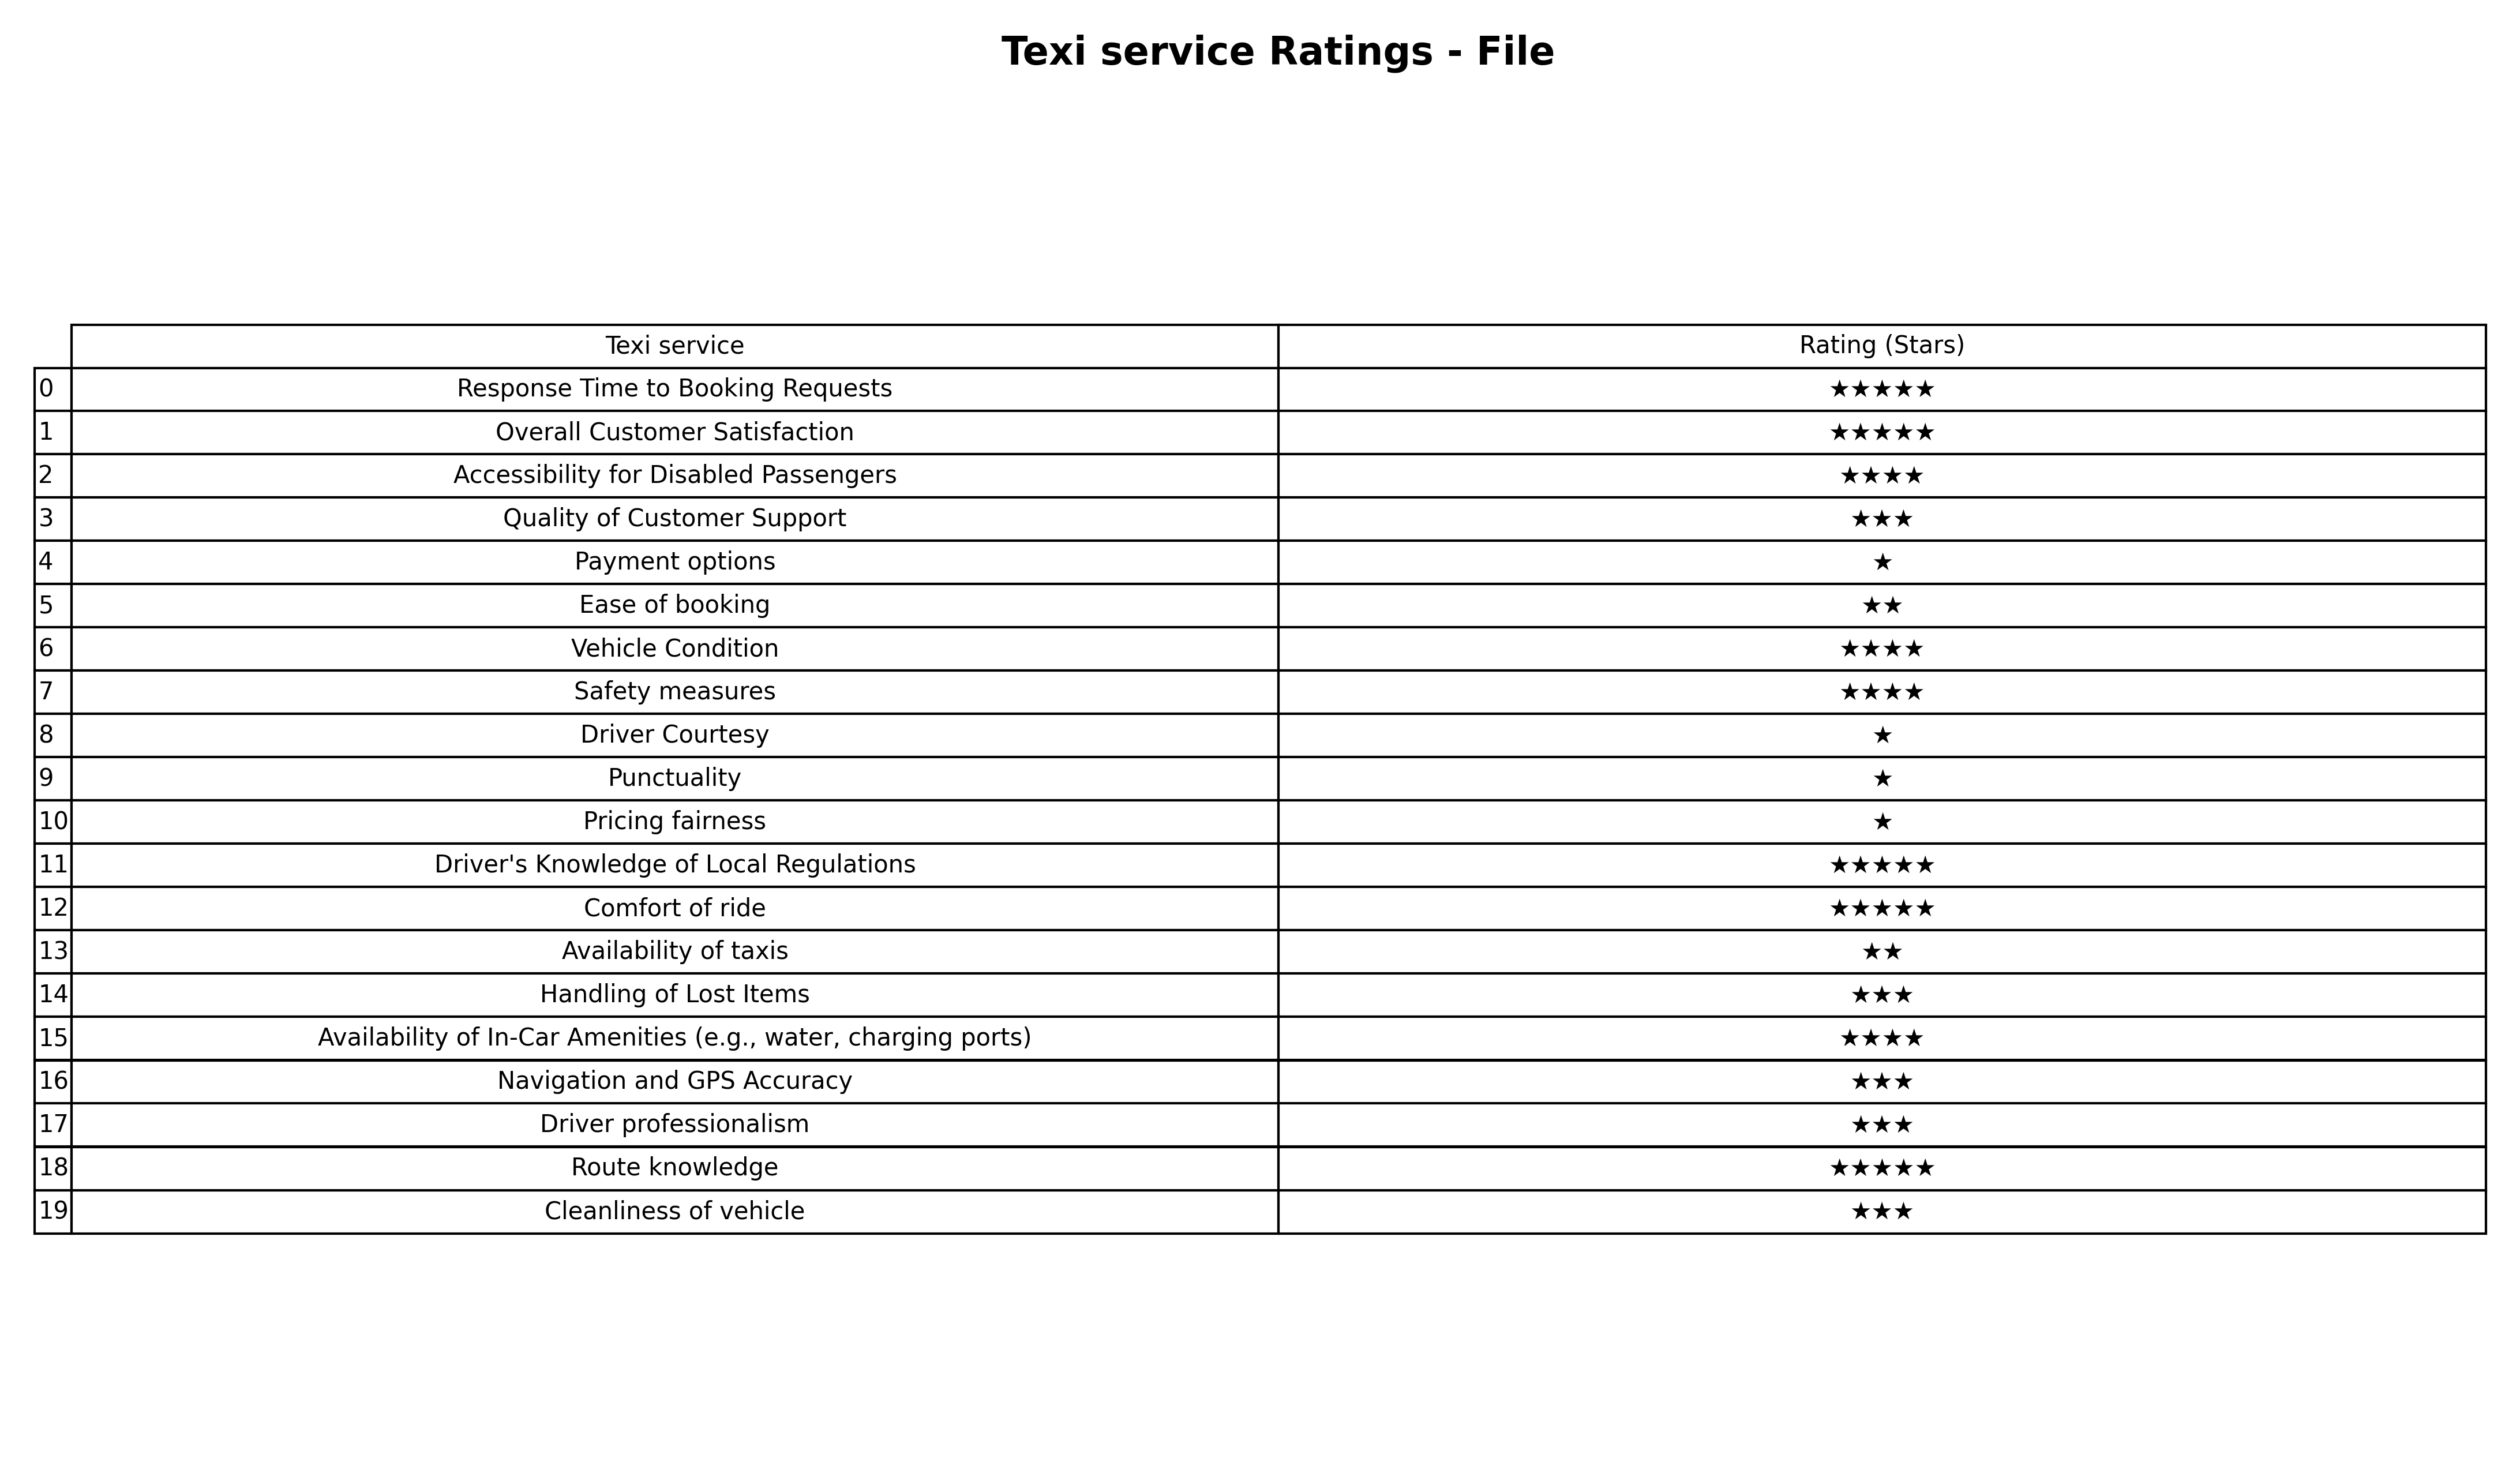
question: What are one star services?
answer: Payment optionsDriver CourtesyPunctualityPricing fairness